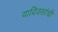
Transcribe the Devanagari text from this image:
यादिवसांची